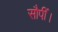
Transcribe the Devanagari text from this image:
सौपीं।